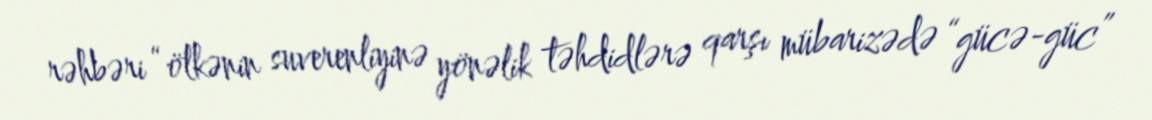
rəhbəri “ölkənin suverenliyinə yönəlik təhdidlərə qarşı mübarizədə “gücə-güc”